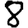
Digit: 8